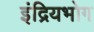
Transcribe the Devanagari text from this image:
इंद्रियभोग